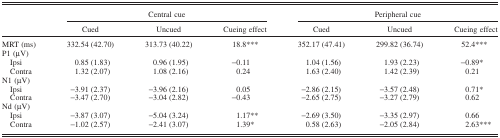
<table><thead><tr><td></td><td colspan="3"><b>Central cue</b></td><td colspan="3"><b>Peripheral cue</b></td></tr><tr><td colspan="2"><b>Cued</b></td><td><b>Uncued</b></td><td><b>Cueing effect</b></td><td><b>Cued</b></td><td><b>Uncued</b></td><td><b>Cueing effect</b></td></tr></thead><tbody><tr><td>MRT (ms)</td><td>332.54 (42.70)</td><td>313.73 (40.22)</td><td>18.8***</td><td>352.17 (47.41)</td><td>299.82 (36.74)</td><td>52.4***</td></tr><tr><td>P1 (μV)</td><td></td><td></td><td></td><td></td><td></td><td></td></tr><tr><td> Ipsi</td><td>0.85 (1.83)</td><td>0.96 (1.95)</td><td>−0.11</td><td>1.04 (1.56)</td><td>1.93 (2.23)</td><td>−0.89*</td></tr><tr><td> Contra</td><td>1.32 (2.07)</td><td>1.08 (2.16)</td><td>0.24</td><td>1.63 (2.40)</td><td>1.42 (2.39)</td><td>0.21</td></tr><tr><td>N1 (μV)</td><td></td><td></td><td></td><td></td><td></td><td></td></tr><tr><td> Ipsi</td><td>−3.91 (2.37)</td><td>−3.96 (2.16)</td><td>0.05</td><td>−2.86 (2.15)</td><td>−3.57 (2.48)</td><td>0.71<sup>*</sup></td></tr><tr><td> Contra</td><td>−3.47 (2.70)</td><td>−3.04 (2.82)</td><td>−0.43</td><td>−2.65 (2.75)</td><td>−3.27 (2.79)</td><td>0.62</td></tr><tr><td>Nd (μV)</td><td></td><td></td><td></td><td></td><td></td><td></td></tr><tr><td> Ipsi</td><td>−3.87 (3.07)</td><td>−5.04 (3.24)</td><td>1.17**</td><td>−2.69 (3.50)</td><td>−3.35 (2.97)</td><td>0.66</td></tr><tr><td> Contra</td><td>−1.02 (2.57)</td><td>−2.41 (3.07)</td><td>1.39*</td><td>0.58 (2.63)</td><td>−2.05 (2.84)</td><td>2.63***</td></tr></tbody></table>